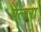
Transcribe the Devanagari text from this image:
पेलारा